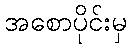
အစောပိုင်းမှ